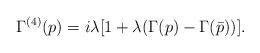
LaTeX: \begin{align*}\Gamma^{(4)}(p)=i\lambda[1+\lambda(\Gamma(p)-\Gamma(\bar p))].\end{align*}